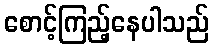
စောင့်ကြည့်နေပါသည်